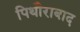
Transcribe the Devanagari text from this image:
पिथौराबाद